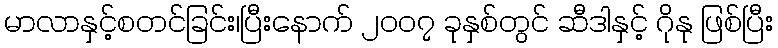
မာလာနှင့်စတင်ခြင်း၊ပြီးနောက် ၂၀၀၇ ခုနှစ်တွင် ဆီဒါနှင့် ဂိုနု ဖြစ်ပြီး